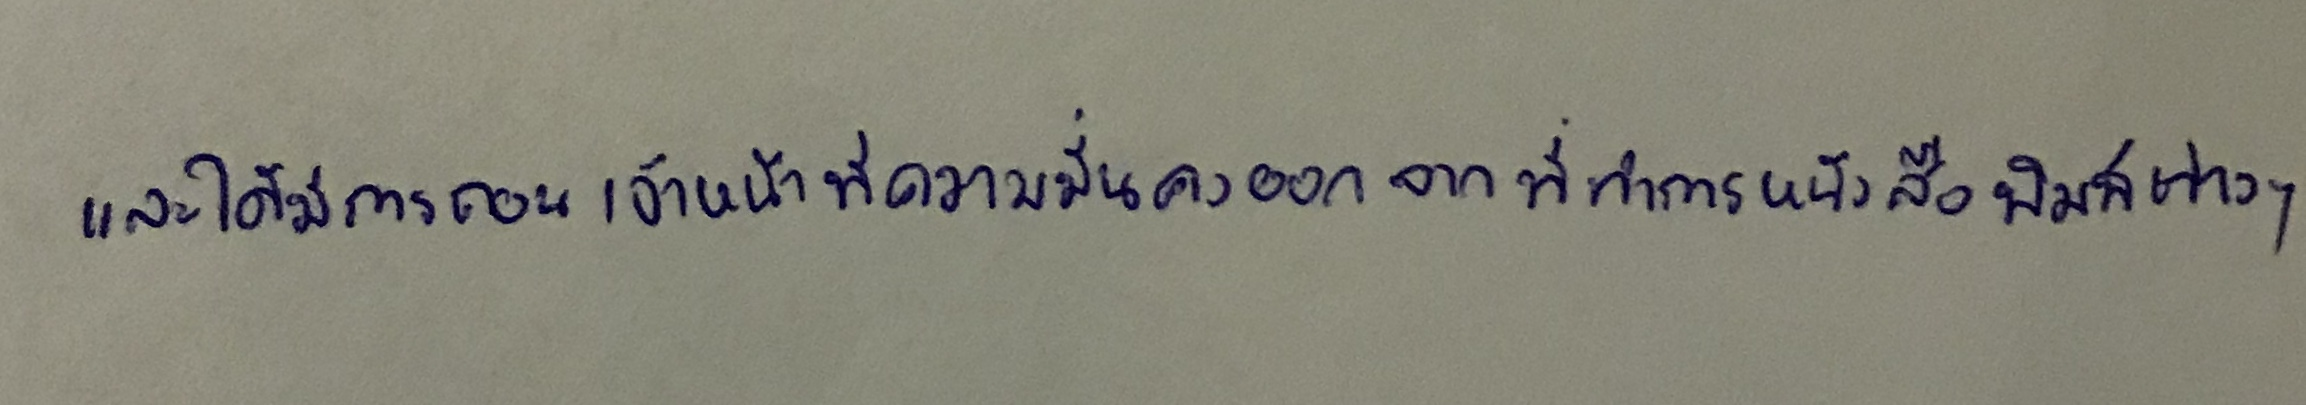
และได้มีการถอนเจ้าหน้าที่ความมั่นคงออกจากที่ทำการหนังสือพิมพ์ต่างๆ